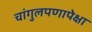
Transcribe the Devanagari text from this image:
चांगुलपणापेक्षा